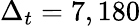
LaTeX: \Delta_{t}=7,180